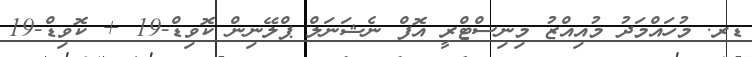
ޑރ. މުހައްމަދު މުއިއްޒު މިނިސްޓްރީ އޮފް ނެޝަނަލް ޕްލޭނިން ކޮވިޑް-19 + ކޮވިޑް-19